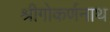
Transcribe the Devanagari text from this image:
श्रीगोकर्णनाथ